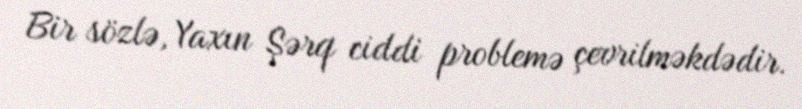
Bir sözlə, Yaxın Şərq ciddi problemə çevrilməkdədir.